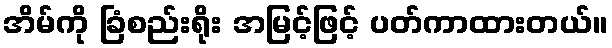
အိမ်ကို ခြံစည်းရိုး အမြင့်ဖြင့် ပတ်ကာထားတယ်။